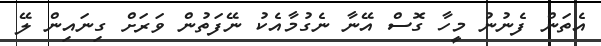
އެތަން ފެނުނު މީހާ ގޮސް އޭނާ ނެގުމާއެކު ނޭފަތުން ވަރަށް ގިނައިން ލޭ